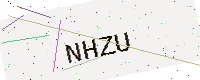
Text: NHZU